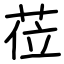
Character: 莅